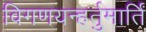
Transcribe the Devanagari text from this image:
विगणयन्हर्तुमार्तिं